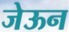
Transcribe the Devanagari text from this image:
जेऊन